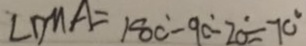
\angle D M A = 1 8 0 ^ { \circ } - 9 0 ^ { \circ } - 2 0 ^ { \circ } = 7 0 ^ { \circ }